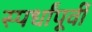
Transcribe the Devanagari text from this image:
स्पर्धांपूर्वी